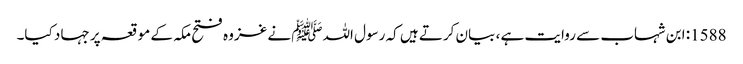
1588: ابن شہاب سے روایت ہے ، بیان کرتے ہیں کہ رسول اللہﷺ نے غزوہ فتح مکہ کے موقعہ پر جہاد کیا۔